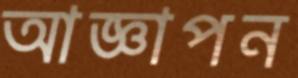
আজ্ঞাপন